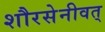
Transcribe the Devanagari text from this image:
शौरसेनीवत्